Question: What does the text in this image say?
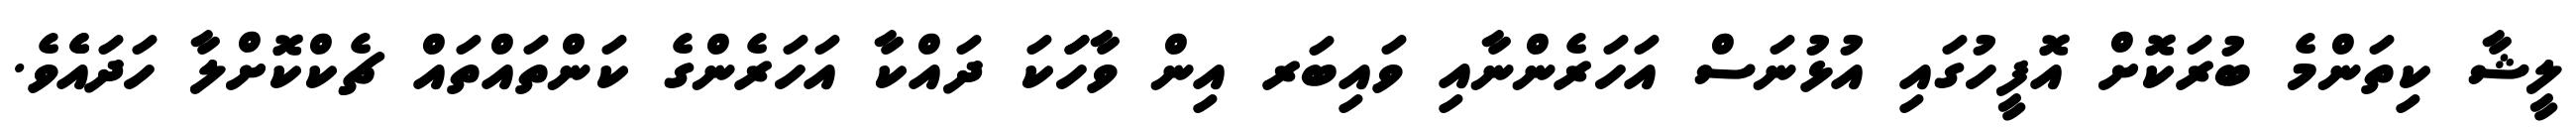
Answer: ލީޝާ ކިތަންމެ ބުރަކޮށް އޮފީހުގައި އުޅުނަސް އަހަރެންނާއި ވައިބަރ އިން ވާހަަކަ ދައްކާ އަހަރެންގެ ކަންތައްތައް ޗެކްކޮށްލާ ހަދައެެވެ.